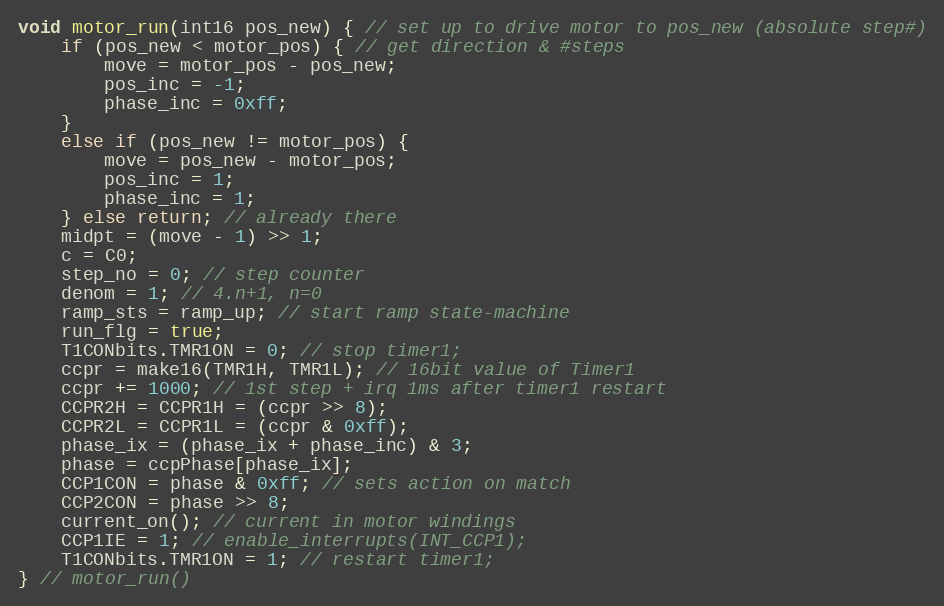
Language: C
void motor_run(int16 pos_new) { // set up to drive motor to pos_new (absolute step#)
    if (pos_new < motor_pos) { // get direction & #steps
        move = motor_pos - pos_new;
        pos_inc = -1;
        phase_inc = 0xff;
    }
    else if (pos_new != motor_pos) {
        move = pos_new - motor_pos;
        pos_inc = 1;
        phase_inc = 1;
    } else return; // already there
    midpt = (move - 1) >> 1;
    c = C0;
    step_no = 0; // step counter
    denom = 1; // 4.n+1, n=0
    ramp_sts = ramp_up; // start ramp state-machine
    run_flg = true;
    T1CONbits.TMR1ON = 0; // stop timer1;
    ccpr = make16(TMR1H, TMR1L); // 16bit value of Timer1
    ccpr += 1000; // 1st step + irq 1ms after timer1 restart
    CCPR2H = CCPR1H = (ccpr >> 8);
    CCPR2L = CCPR1L = (ccpr & 0xff);
    phase_ix = (phase_ix + phase_inc) & 3;
    phase = ccpPhase[phase_ix];
    CCP1CON = phase & 0xff; // sets action on match
    CCP2CON = phase >> 8;
    current_on(); // current in motor windings
    CCP1IE = 1; // enable_interrupts(INT_CCP1);
    T1CONbits.TMR1ON = 1; // restart timer1;
} // motor_run()